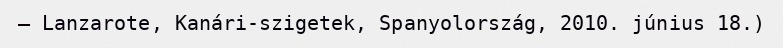
– Lanzarote, Kanári-szigetek, Spanyolország, 2010. június 18.)